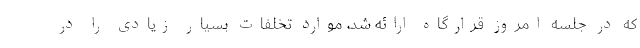
که در جلسه امروز قرارگاه ارائه شد، موارد تخلفات بسیار زیادی را در